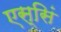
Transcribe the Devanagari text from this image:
एस्सिं